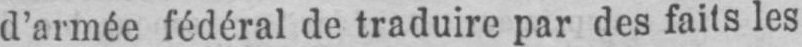
d’armée fédéral de traduire par des faits les